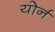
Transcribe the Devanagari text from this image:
योर्न